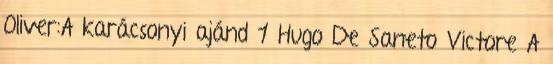
Oliver:A karácsonyi ajánd 1 Hugo De Saneto Victore A